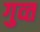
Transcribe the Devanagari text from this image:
गुव्त